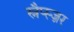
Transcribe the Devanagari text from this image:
स्नैप्स्ज़र